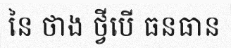
នៃ ថាង ថ្វីបើ ធនធាន